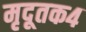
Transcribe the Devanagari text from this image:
मृदूतक४